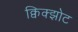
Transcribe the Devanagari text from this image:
क्विक्झोट